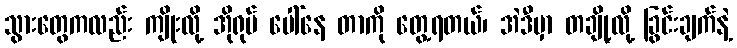
သွားတွေကလည်း ကျိုးလို့ အိုရုပ် ပေါ်နေ တာကို တွေ့ရတယ်၊ အဲဒီမှာ တချို့လို့ ခြွင်းချက်နဲ့